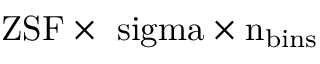
\mathrm { Z S F \times \ s i g m a \times n _ { b i n s } }